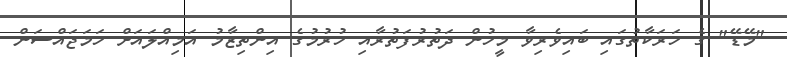
"މޭޑޭ" ގެ ހަރަކާތުގައި ބައިވެރިވާ މީހުން ދަތުރުފަތުރާއި ހުރުމުގެ އިންތިޒާމު އަމިއްލައަށް ހަމަޖައްސަން